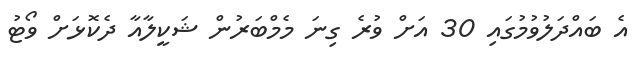
އެ ބައްދަލުވުމުގައި 30 އަށް ވުރެ ގިނަ މެމްބަރުން ޝަކީލާއާ ދެކޮޅަށް ވޯޓު